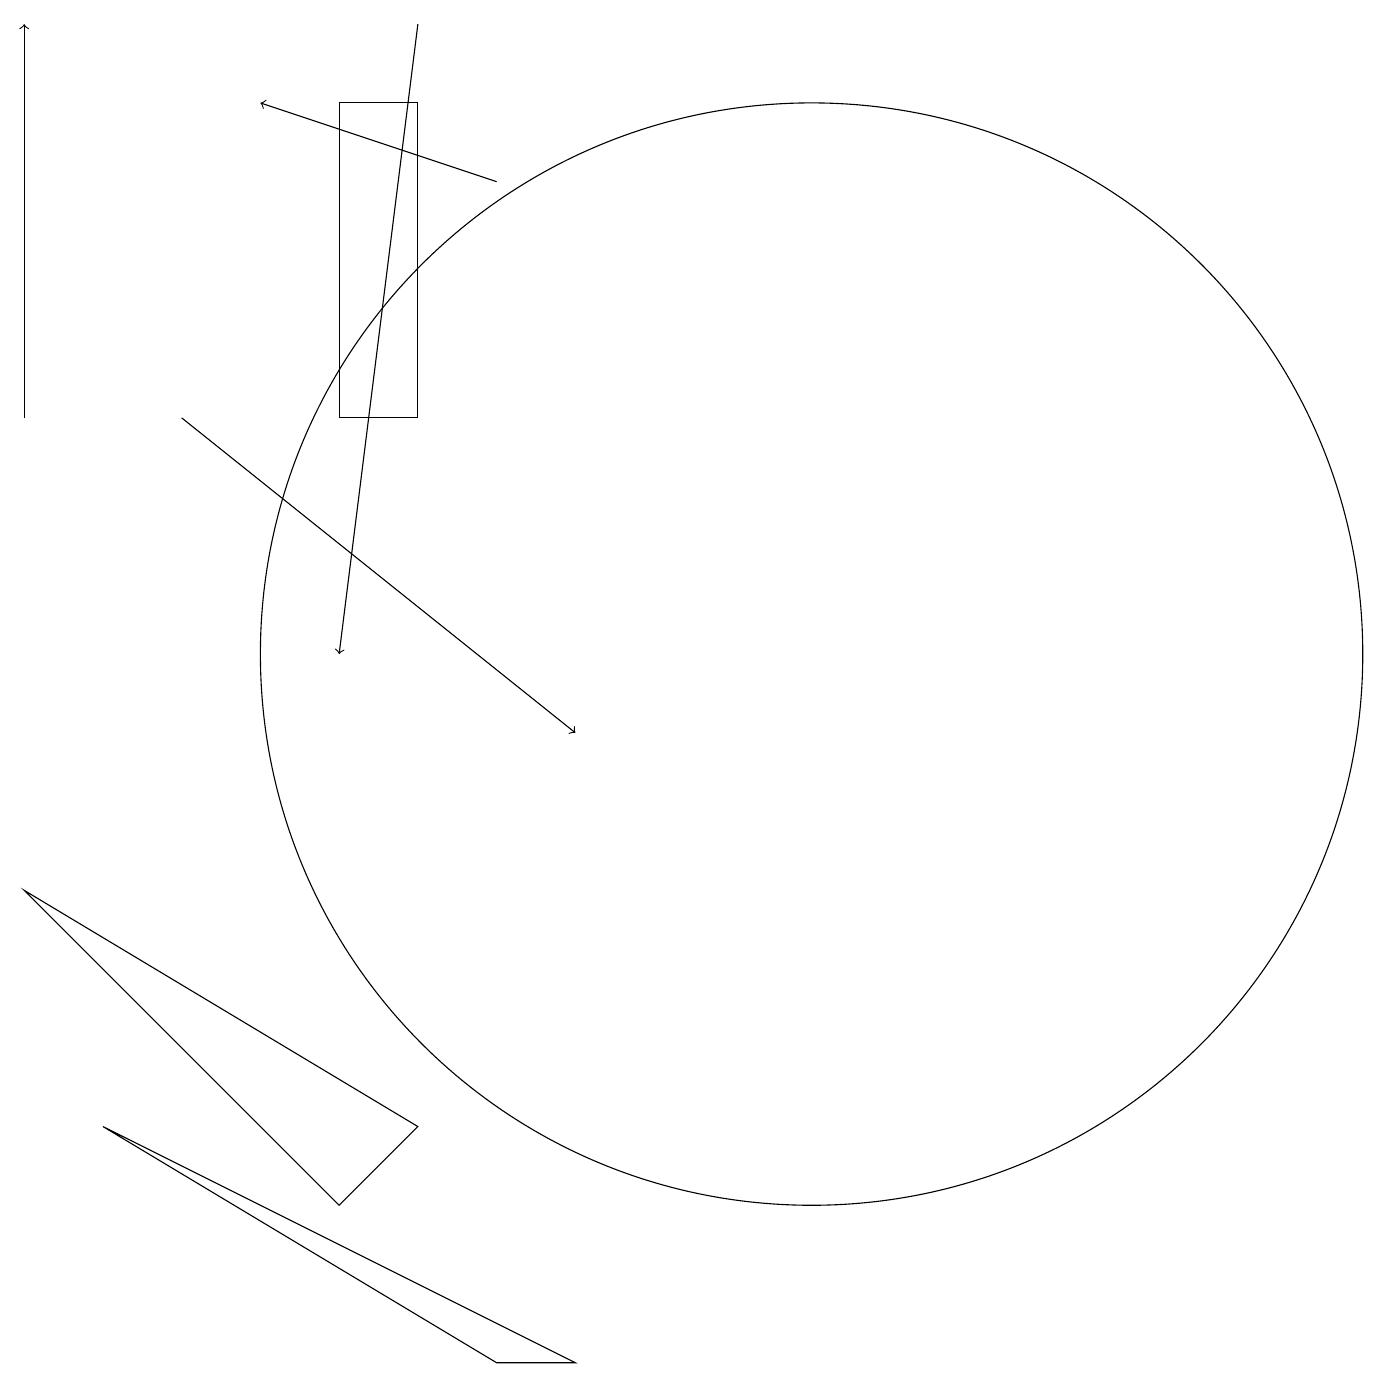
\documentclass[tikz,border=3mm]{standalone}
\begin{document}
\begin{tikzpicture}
\draw (10,11) circle (7);
\draw (6,2) -- (1,5) -- (7,2) -- cycle;
\draw[->] (5,19) -- (4,11);
\draw[->] (6,17) -- (3,18);
\draw (4,14) rectangle (5,18);
\draw[->] (2,14) -- (7,10);
\draw[->] (0,14) -- (0,19);
\draw (5,5) -- (4,4) -- (0,8) -- cycle;
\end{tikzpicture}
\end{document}